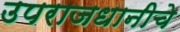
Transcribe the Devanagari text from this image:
उपराजधानीचे